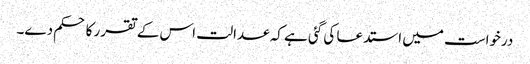
درخواست میں استدعا کی گئی ہے کہ عدالت اس کے تقرر کا حکم دے۔